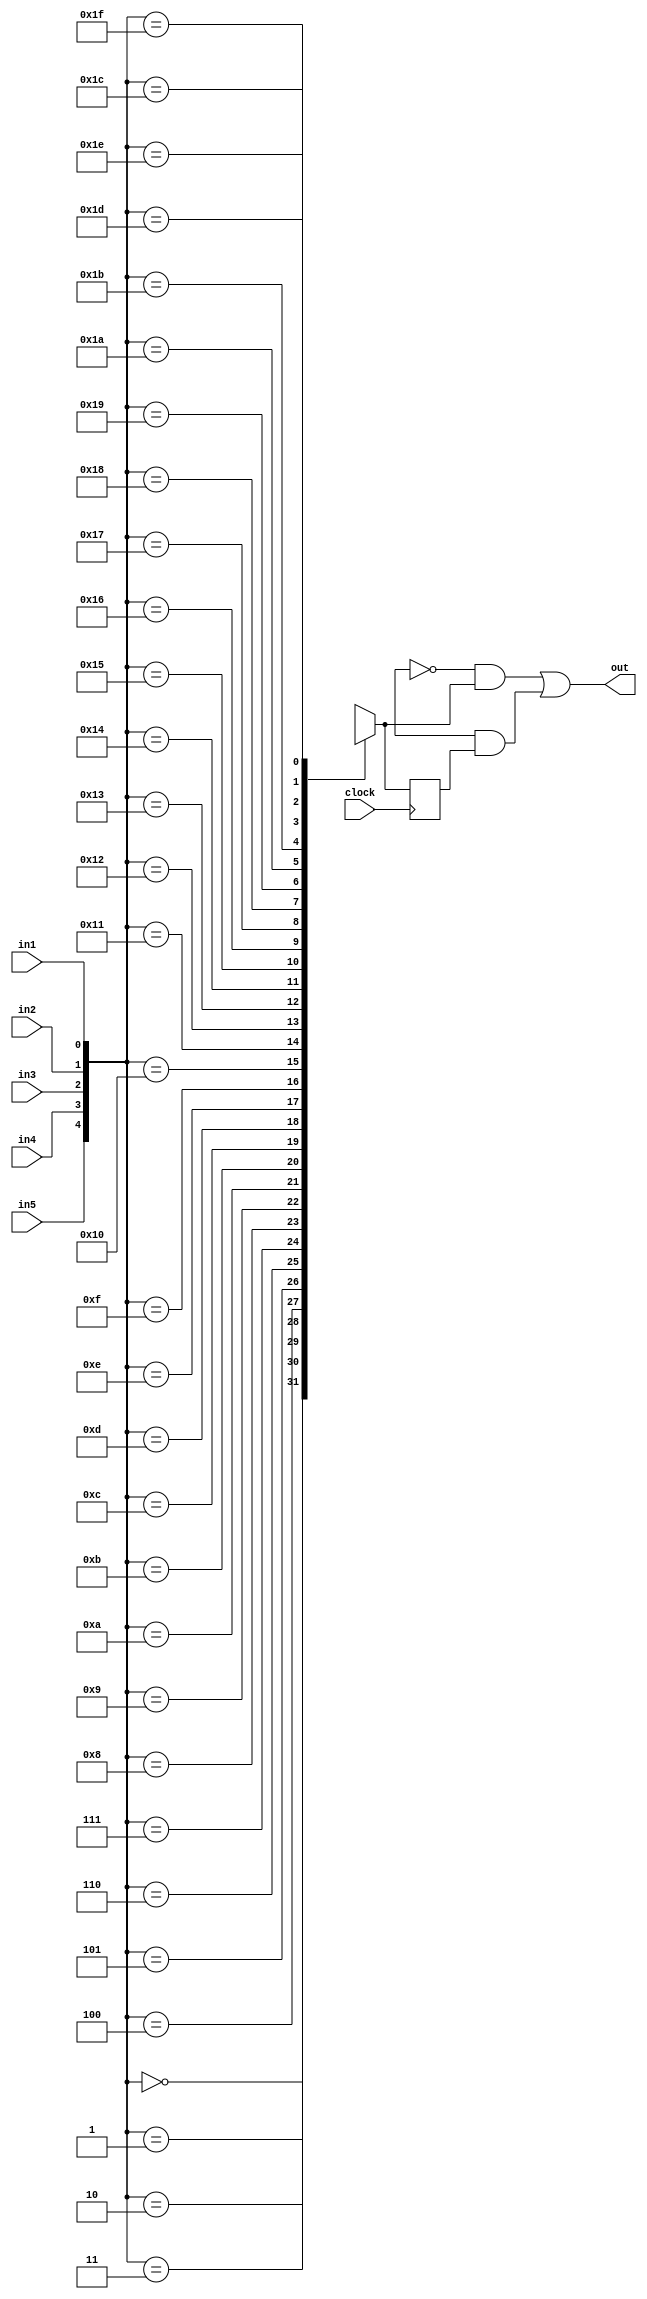
module logic_tile(out, clock, in1, in2, in3, in4, in5);
  output out;
  input in1, in2, in3, in4, in5;//address
  input clock;
  
  reg out1, q, qbar;
  
  //LUT data
  reg [32:0] mem;
  
  initial q = 1'b0; //initialise to 0
  
  always @ (*)
    begin
      case({in5,in4,in3,in2,in1})
        5'b00000 : out1 <= mem[0];
        5'b00001 : out1 <= mem[1];
        5'b00010 : out1 <= mem[2];
        5'b00011 : out1 <= mem[3];
        5'b00100 : out1 <= mem[4];
        5'b00101 : out1 <= mem[5];
        5'b00110 : out1 <= mem[6];
        5'b00111 : out1 <= mem[7];
        5'b01000 : out1 <= mem[8];
        5'b01001 : out1 <= mem[9];
        5'b01010 : out1 <= mem[10];
        5'b01011 : out1 <= mem[11];
        5'b01100 : out1 <= mem[12];
        5'b01101 : out1 <= mem[13];
        5'b01110 : out1 <= mem[14];
        5'b01111 : out1 <= mem[15];
        5'b10000 : out1 <= mem[16];
        5'b10001 : out1 <= mem[17];
        5'b10010 : out1 <= mem[18];
        5'b10011 : out1 <= mem[19];
        5'b10100 : out1 <= mem[20];
        5'b10101 : out1 <= mem[21];
        5'b10110 : out1 <= mem[22];
        5'b10111 : out1 <= mem[23];
        5'b11000 : out1 <= mem[24];
        5'b11001 : out1 <= mem[25];
        5'b11010 : out1 <= mem[26];
        5'b11011 : out1 <= mem[27];
        5'b11100 : out1 <= mem[28];
        5'b11101 : out1 <= mem[29];
        5'b11110 : out1 <= mem[30];
        5'b11111 : out1 <= mem[31];
      endcase
    end
  //flip flop
  always @ (posedge clock)
    begin
      q <= out1;
    end
  //0->out1 and 1->q
  assign out = (~mem[32] & out1) | (mem[32] & q);
endmodule

module switch_box_4x4(out, in);
  output [3:0] out;
  input [3:0] in;
  
  //configuration data
  reg [15:0] configure;
  
  //out[0]
  assign out[0] = (in[0] & configure[0]) | (in[1] & configure[1]) | (in[2] & configure[2]) | (in[3] & configure[3]); 
  //out[1]
  assign out[1] = (in[0] & configure[4]) | (in[1] & configure[5]) | (in[2] & configure[6]) | (in[3] & configure[7]);
  //out[2]
  assign out[2] = (in[0] & configure[8]) | (in[1] & configure[9]) | (in[2] & configure[10]) | (in[3] & configure[11]);
  //out[3]
  assign out[3] = (in[0] & configure[12]) | (in[1] & configure[13]) | (in[2] & configure[14]) | (in[3] & configure[15]);
  
endmodule

//circuit id7 takes it's input as 8 parallel-in, 3 control
//and one for serial-in, that's 12 input pins, and max output
//for 8 output pins for id-7 (parallel-out), we can therefore have an input of
//maximum 12 pins and output of 8 pins
module fpga(datain, dataout, c2, c1, c0, sin, clock);
  output [7:0] dataout;
  input [7:0] datain;
  input c2, c1, c0;
  //c2 -> shl //used as cin for BCD adder
  //c1 -> shr
  //c0 -> load data(l)
  input sin; //for right shift id-7
  input clock;
  
  wire spec;//indicates when sum exceeds 1
  wire diverter; //inserted for carry out of BCD adder
  wire [7:0] hold;
  wire [7:0] hold2;
  wire [3:0] out1, out9;
  wire [3:0] out2, out10;
  wire [3:0] out3, out11;
  wire [3:0] out4, out12;
  wire [3:0] out5, out13;
  wire [3:0] out6, out14;
  wire [3:0] out7, out15;
  wire [3:0] out8, out16;
  wire [3:0] out0;
  wire [2:0] filler;
  
  //out, clock, i1, i2 ...
  switch_box_4x4 E1(out0, {c0, c1, c2, spec});
  
  switch_box_4x4 B8(out8, {dataout[7], sin, c2, hold2[3]});
  
  switch_box_4x4 C8(out16, {datain[7], c2, hold[6], dataout[6]});
  
  logic_tile A1(hold[7], clock, out0[0], out0[1], out16[0], out16[1], out8[1]);
  logic_tile A2(hold2[7], clock, out0[0], out0[1], out16[0], out16[2], out8[0]);
  logic_tile A3(dataout[7], clock, out0[0], out0[1], c2, hold2[7], hold[7]);
  
  switch_box_4x4 B7(out7, {dataout[6], dataout[7], c2, hold2[2]});
  
  switch_box_4x4 C7(out15, {datain[6], c2, hold[5], dataout[5]});
  
  logic_tile A4(hold[6], clock, out0[0], out0[1], out0[2], out15[1], out7[1]);
  logic_tile A5(hold2[6], clock, out0[0], out0[1], out0[2], out15[2], out7[0]);
  logic_tile A6(dataout[6], clock, out0[0], out0[1], c2, hold2[6], hold[6]);
  
  switch_box_4x4 B6(out6, {dataout[5], dataout[6], c2, hold2[1]});
  
  switch_box_4x4 C6(out14, {datain[5], c2, 1'b0, dataout[4]});
  
  logic_tile A7(hold[5], clock, out0[0], out0[1], out0[2], out14[1], out6[1]);
  logic_tile A8(hold2[5], clock, out0[0], out0[1], out0[2], out14[2], out6[0]);
  logic_tile A9(dataout[5], clock, out0[0], out0[1], c2, hold2[5], hold[5]);
  
  switch_box_4x4 B5(out5, {dataout[4], dataout[5], c2, hold2[0]});
  
  switch_box_4x4 C5(out13, {datain[4], c2, 1'b0, dataout[3]});
  
  logic_tile A10(hold[4], clock, out0[0], out0[1], out13[0], out13[1], out5[1]);
  logic_tile A11(hold2[4], clock, out0[0], out0[1], out13[0], out13[2], out5[0]);
  logic_tile A12(dataout[4], clock, out0[0], out0[1], c2, hold2[4], hold[4]);
  
  //using the part below to make a 4-bit adder
  switch_box_4x4 B4(out4, {dataout[3], dataout[4], c2, datain[7]});
  
  switch_box_4x4 C4(out12, {datain[3], c2, hold[2], dataout[2]});
  
  logic_tile A13(hold[3], clock, out0[0], out0[1], out12[0], out12[1], out4[1]);
  logic_tile A14(hold2[3], clock, out0[0], out0[1], out12[0], out12[2], out4[0]);
  logic_tile A15(dataout[3], clock, out0[0], out0[1], c2, hold2[3], hold[3]);
  
  switch_box_4x4 B3(out3, {dataout[2], dataout[3], c2, datain[6]});
  
  switch_box_4x4 C3(out11, {datain[2], c2, hold[1], dataout[1]});
  
  logic_tile A16(hold[2], clock, out0[0], out0[1], out11[0], out11[1], out3[1]);
  logic_tile A17(hold2[2], clock, out0[0], out0[1], out11[0], out11[2], out3[0]);
  logic_tile A18(dataout[2], clock, out0[0], out0[1], c2, hold2[2], hold[2]);
  
  switch_box_4x4 B2(out2, {dataout[1], dataout[2], c2, datain[5]});
  
  switch_box_4x4 C2(out10, {datain[1], c2, hold[0], dataout[0]});
  
  logic_tile A19(hold[1], clock, out0[0], out0[1], out10[0], out10[1], out2[1]);
  logic_tile A20(hold2[1], clock, out0[0], out0[1], out10[0], out10[2], out2[0]);
  logic_tile A21(dataout[1], clock, out0[0], out0[1], c2, hold2[1], hold[1]);
  
  switch_box_4x4 B1(out1, {dataout[0], dataout[1], 1'b0, datain[4]});
  
  switch_box_4x4 C1(out9, {datain[0], c2, 1'b0, 1'b0});

  logic_tile A22(hold[0], clock, out0[0], out0[1], out9[0], out9[1], out1[1]);
  logic_tile A23(hold2[0], clock, out0[0], out0[1], out9[0], out9[2], out1[0]);
  logic_tile A24(diverter, clock, out0[0], out0[1], c2, hold2[0], hold[0]);
  
  //the purpose of this logic tile is to find if the number is greater than 9
  logic_tile L1(spec, clock, hold2[1], hold2[2], hold2[3], hold[3], 1'b0);
  
  //carry-out
  switch_box_4x4 D1({filler, dataout[0]}, {1'b0, 1'b0, spec, diverter});
  
endmodule